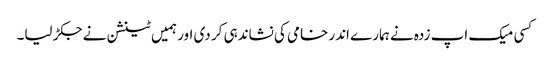
کسی میک اپ زدہ نے ہمارے اندر خامی کی نشاندہی کر دی اور ہمیں ٹینشن نے جکڑ لیا۔